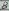
Text: 8